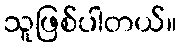
သူဖြစ်ပါတယ်။